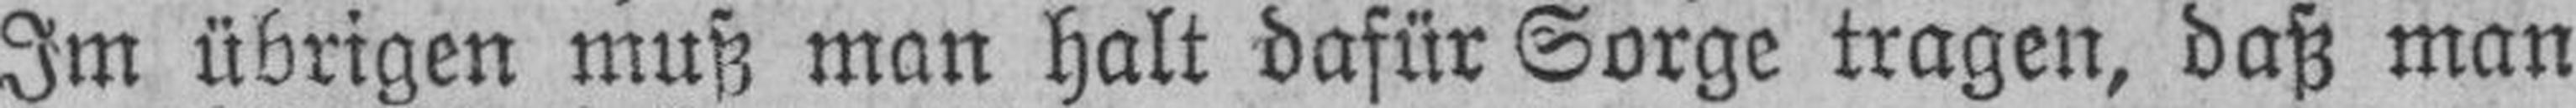
Im übrigen muß man halt dafür Sorge tragen, daß man